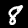
Digit: 8